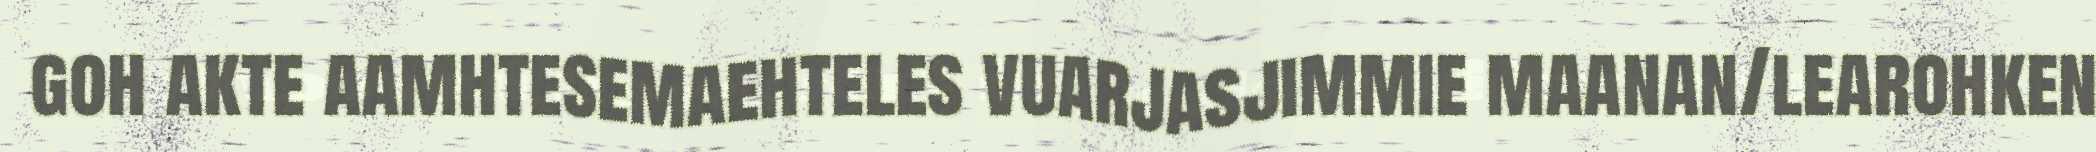
goh akte aamhtesemaehteles vuarjasjimmie maanan/learohken